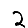
Digit: 2